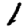
Digit: 1